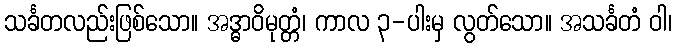
သင်္ခတလည်းဖြစ်သော။ အဒ္ဓာဝိမုတ္တံ၊ ကာလ ၃-ပါးမှ လွတ်သော။ အသင်္ခတံ ဝါ၊